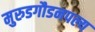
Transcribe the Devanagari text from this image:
मुरुडगौडनपल्य